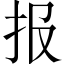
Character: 报